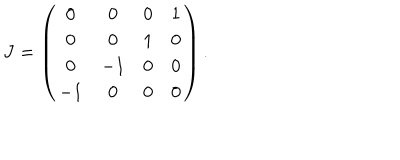
LaTeX: J = \left( \begin{matrix} { { 0 } } & { { 0 } } & { { 0 } } & { { 1 } } \\ { { 0 } } & { { 0 } } & { { 1 } } & { { 0 } } \\ { { 0 } } & { { - 1 } } & { { 0 } } & { { 0 } } \\ { { - 1 } } & { { 0 } } & { { 0 } } & { { 0 } } \\ \end{matrix} \right) .